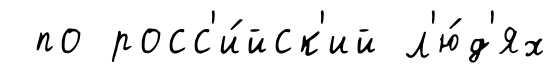
по росс'и́йск'ий л'ю́д'ях